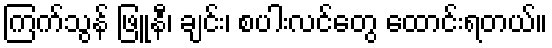
ကြက်သွန် ဖြူနီ၊ ချင်း၊ စပါးလင်တွေ ထောင်းရတယ်။